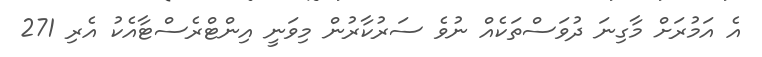
އެ އަމުރަށް މާގިނަ ދުވަސްތަކެއް ނުވެ ސަރުކާރުން މިވަނީ އިންޓްރެސްޓާއެކު އެރި 271